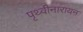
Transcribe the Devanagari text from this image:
पृथ्वीनारायन